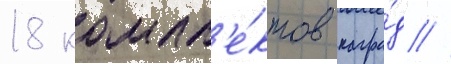
18 компл'е́ктов награ́д //